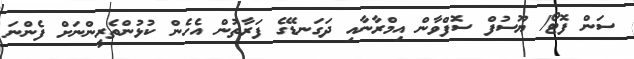
ސަން ފޮޓޯ/ ޔޫސުފް ސޮފްވާން އިމްރާނާއި ދަގަނޑޭގެ ފަރާތުން އެހެން ކުޅުންތެރީންނަށް ފެންނަ